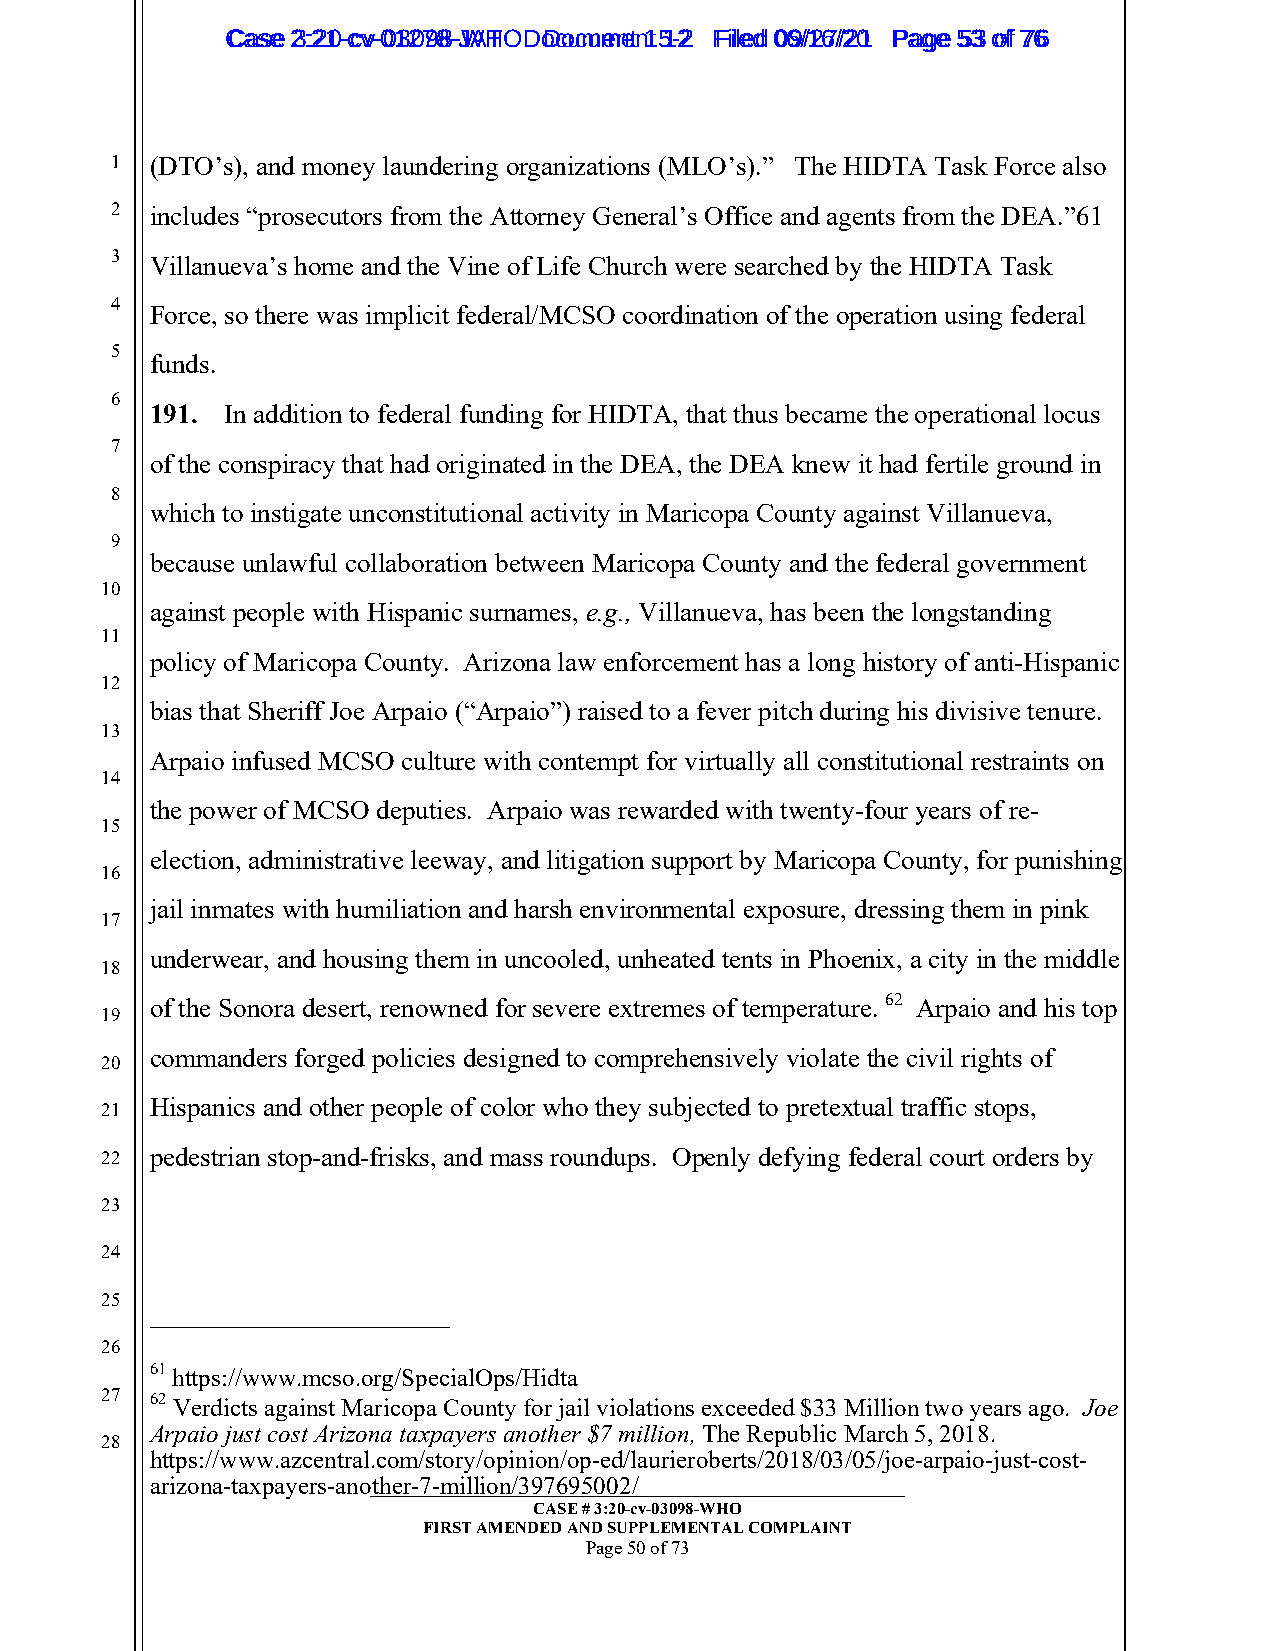
CCaassee 23::2210--ccvv--0013207988--JWAHT O D oDcoucmumenetn 1t 51-22 FFiilleedd 0069//1267//2201 PPaaggee 5533 ooff 7766
 1  (DTO’s), and money laundering organizations (MLO’s).” The HIDTA Task Force also
 2  includes “prosecutors from the Attorney General’s Office and agents from the DEA.”61
 3  Villanueva’s home and the Vine of Life Church were searched by the HIDTA Task
 4
 Force, so there was implicit federal/MCSO coordination of the operation using federal
 5
 funds.
 6
 191. In addition to federal funding for HIDTA, that thus became the operational locus
 7
 of the conspiracy that had originated in the DEA, the DEA knew it had fertile ground in
 8
 which to instigate unconstitutional activity in Maricopa County against Villanueva,
 9
 because unlawful collaboration between Maricopa County and the federal government
 10
 against people with Hispanic surnames, e.g., Villanueva, has been the longstanding
 11
 policy of Maricopa County. Arizona law enforcement has a long history of anti-Hispanic
 12
 bias that Sheriff Joe Arpaio (“Arpaio”) raised to a fever pitch during his divisive tenure.
 13
 Arpaio infused MCSO culture with contempt for virtually all constitutional restraints on
 14
 the power of MCSO deputies. Arpaio was rewarded with twenty-four years of re-
 15
 election, administrative leeway, and litigation support by Maricopa County, for punishing
 16
 jail inmates with humiliation and harsh environmental exposure, dressing them in pink
 17
 underwear, and housing them in uncooled, unheated tents in Phoenix, a city in the middle
 18
 of the Sonora desert, renowned for severe extremes of temperature. 62 Arpaio and his top
 19
 commanders forged policies designed to comprehensively violate the civil rights of
 20
 Hispanics and other people of color who they subjected to pretextual traffic stops,
 21
 22 pedestrian stop-and-frisks, and mass roundups. Openly defying federal court orders by
 23
 24
 25
 26
 61 https://www.mcso.org/SpecialOps/Hidta
 27 62 Verdicts against Maricopa County for jail violations exceeded $33 Million two years ago. Joe
 Arpaio just cost Arizona taxpayers another $7 million, The Republic March 5, 2018.
 28
 https://www.azcentral.com/story/opinion/op-ed/laurieroberts/2018/03/05/joe-arpaio-just-cost-
 arizona-taxpayers-ano_th__e_r_-_7_-_m__i_l_li_o_n__/3__9_7_6__9_5_0__0_2_/_ ____________________________
 CASE # 3:20-cv-03098-WHO
 FIRST AMENDED AND SUPPLEMENTAL COMPLAINT
 Page 50 of 73